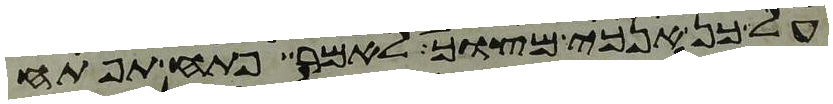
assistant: על כן אנכי מצוך לאמר פתח תפתח